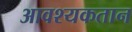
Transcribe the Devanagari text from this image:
आवश्यकतान